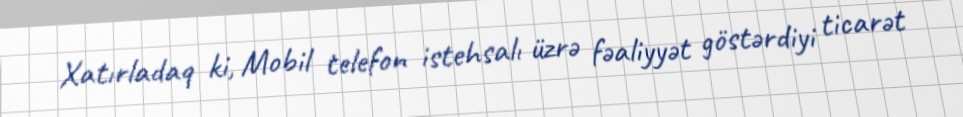
Xatırladaq ki, Mobil telefon istehsalı üzrə fəaliyyət göstərdiyi ticarət